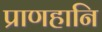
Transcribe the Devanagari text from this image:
प्राणहानि